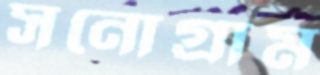
সনোগ্রাম